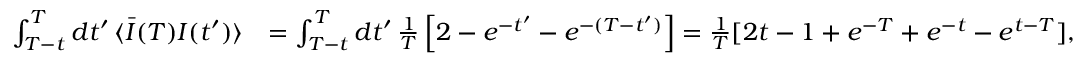
\begin{array} { r l } { \int _ { T - t } ^ { T } d t ^ { \prime } \, \langle \bar { I } ( T ) I ( t ^ { \prime } ) \rangle } & { = \int _ { T - t } ^ { T } d t ^ { \prime } \, \frac { 1 } { T } \left[ 2 - e ^ { - t ^ { \prime } } - e ^ { - ( T - t ^ { \prime } ) } \right] = \frac { 1 } { T } [ 2 t - 1 + e ^ { - T } + e ^ { - t } - e ^ { t - T } ] , } \end{array}